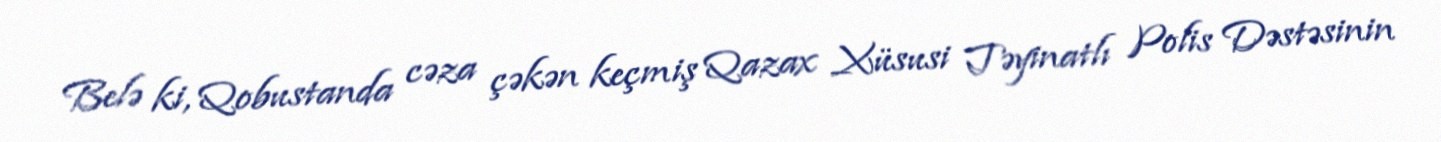
Belə ki, Qobustanda cəza çəkən keçmiş Qazax Xüsusi Təyinatlı Polis Dəstəsinin